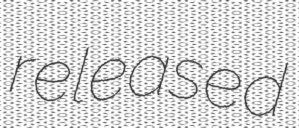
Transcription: released